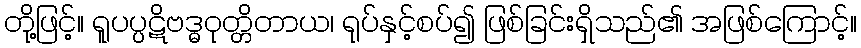
တို့ဖြင့်။ ရူပပ္ပဋိဗဒ္ဓဝုတ္တိတာယ၊ ရုပ်နှင့်စပ်၍ ဖြစ်ခြင်းရှိသည်၏ အဖြစ်ကြောင့်။